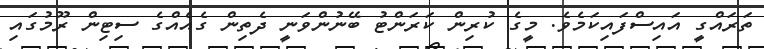
ތަރައްގީ އައިސްފައިކަމެވެ. މީގެ ކުރިން ކަރަންޓު ބޭނުންވަނީ ދެތިން ގެއެއްގެ ސިޓިން ރޫމުގައި